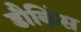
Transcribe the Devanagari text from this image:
डौकिंस